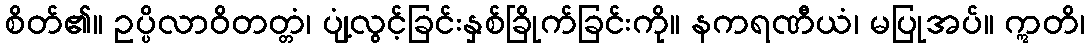
စိတ်၏။ ဥပ္ပိလာဝိတတ္တံ၊ ပျံ့လွင့်ခြင်းနှစ်ခြိုက်ခြင်းကို။ နကရဏီယံ၊ မပြုအပ်။ ဣတိ၊